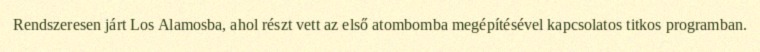
Rendszeresen járt Los Alamosba, ahol részt vett az első atombomba megépítésével kapcsolatos titkos programban.